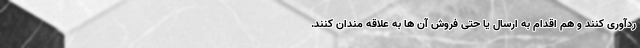
ردآوری کنند و هم اقدام به ارسال یا حتی فروش آن ها به علاقه مندان کنند.